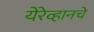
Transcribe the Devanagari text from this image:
येरेव्हानचे